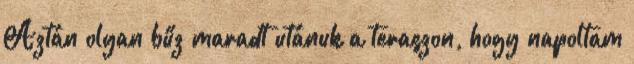
Aztán olyan bűz maradt utánuk a teraszon, hogy napoltam